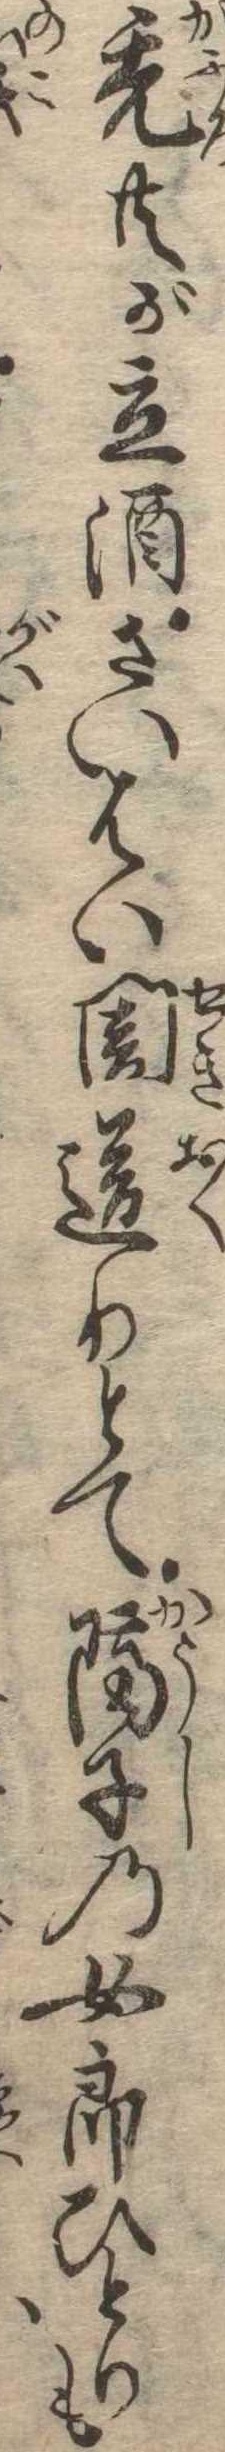
禿共が立酒さいはい関送りとて隔子の女郎ひとりも